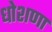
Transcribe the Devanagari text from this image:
धोशणा